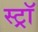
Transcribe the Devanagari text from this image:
स्ट्राॅ